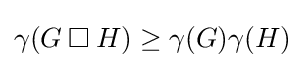
\gamma (G\mathbin {\square } H)\geq \gamma (G)\gamma (H)